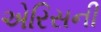
એરિસની